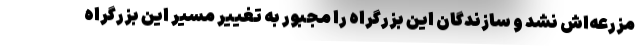
مزرعه‌اش نشد و سازندگان این بزرگراه را مجبور به تغییر مسیر این بزرگراه